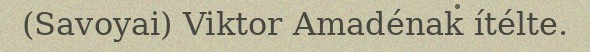
(Savoyai) Viktor Amadénak ítélte.